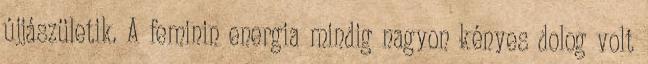
újjászületik. A feminin energia mindig nagyon kényes dolog volt